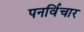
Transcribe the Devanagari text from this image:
पनर्विचार